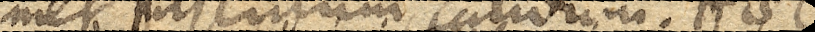
denique assumet jusculum calidum. Haec sufficiunt.